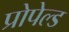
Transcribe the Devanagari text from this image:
प्रोपेल्ड